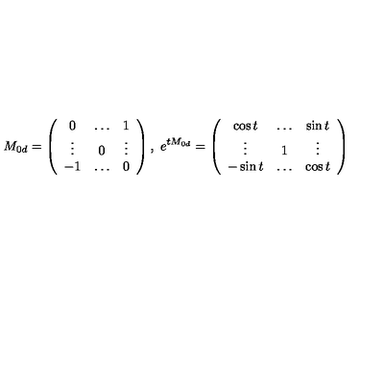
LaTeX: M _ { 0 d } = \left( \begin{array} { c c c } { 0 } & { \ldots } & { 1 } \\ { \vdots } & { 0 } & { \vdots } \\ { - 1 } & { \ldots } & { 0 } \\ \end{array} \right) , \ e ^ { t M _ { 0 d } } = \left( \begin{array} { c c c } { \cos t } & { \ldots } & { \sin t } \\ { \vdots } & { 1 } & { \vdots } \\ { - \sin t } & { \ldots } & { \cos t } \\ \end{array} \right) \